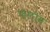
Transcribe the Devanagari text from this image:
भारदीय